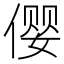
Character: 𱏆